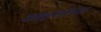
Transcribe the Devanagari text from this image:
अक्षरसंगत